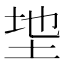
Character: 𫭩